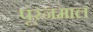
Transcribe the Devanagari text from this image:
पूरनमाल